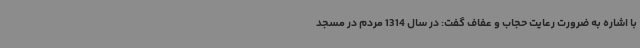
با اشاره به ضرورت رعایت حجاب و عفاف گفت: در سال 1314 مردم در مسجد